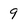
Character: 9